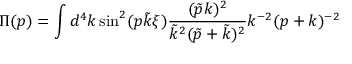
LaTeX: \Pi ( p ) = \int d ^ { 4 } k \sin ^ { 2 } ( p \tilde { k } \xi ) \frac { ( \tilde { p } k ) ^ { 2 } } { \tilde { k } ^ { 2 } ( \tilde { p } + \tilde { k } ) ^ { 2 } } k ^ { - 2 } ( p + k ) ^ { - 2 }